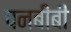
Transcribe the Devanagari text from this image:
पनबीबी